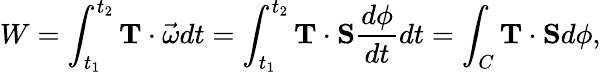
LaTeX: W=\int_{t_{1}}^{t_{2}}\mathbf{T}\cdot{\vec{\omega}}dt=\int_{t_{1}}^{t_{2}}\mathbf{T}\cdot\mathbf{S}{\frac{d\phi}{dt}}dt=\int_{C}\mathbf{T}\cdot\mathbf{S}d\phi,